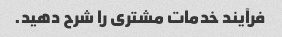
فرآیند خدمات مشتری را شرح دهید.